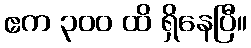
ဧက ၃၀၀ ထိ ရှိနေပြီ။